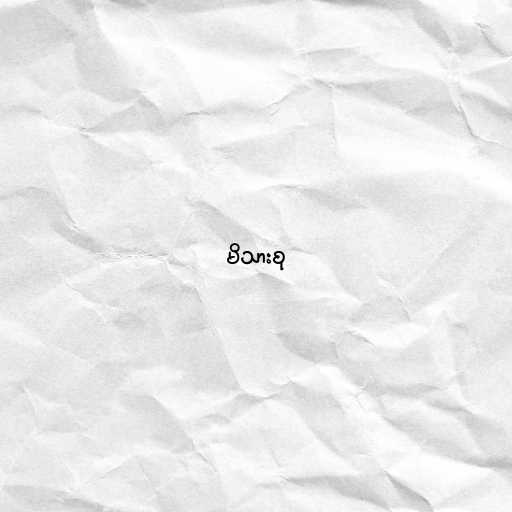
မိသားစု